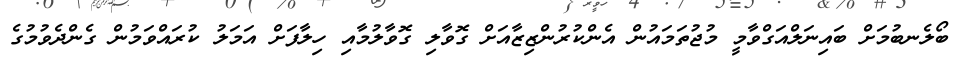
ބޯލެނބުމަށް ބައިނަލްއަގްވާމީ މުޖުތަމައުން އެންކުރުންޒިޒާއަށް ގޮވާލި ގޮވާލުމާއި ހިލާފަށް އަމަލު ކުރަައްވަމުން ގެންދެވުމުގެ